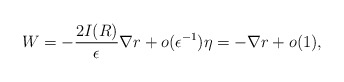
\begin{align*}W = - \frac{2I(R)}{\epsilon}\nabla r +o(\epsilon^{-1}) \eta = - \nabla r + o(1),\end{align*}